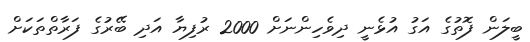
ބީލަން ފޮތުގެ އަގު އުޅެނީ ދިވެހިންނަށް 2000 ރުފިޔާ އަދި ބޭރުގެ ފަރާތްތަކަށް